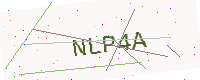
Text: NLP4A